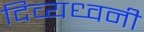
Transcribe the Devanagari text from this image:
दिव्यध्वनी